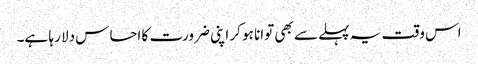
اس وقت یہ پہلے سے بھی توانا ہو کر اپنی ضرورت کا احساس دلا رہا ہے۔